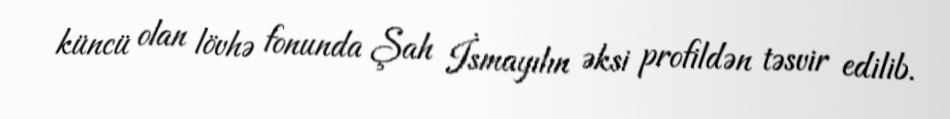
küncü olan lövhə fonunda Şah İsmayılın əksi profildən təsvir edilib.